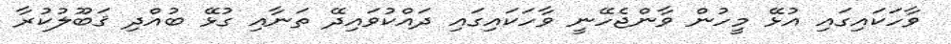
ވާހަކައިގައި އުޅޭ މީހުން ވާންޖެހޭނީ ވާހަކައިގައި ދައްކުވައިދޭ ތަނާއި ގުޅޭ ބުއްދި ޤަބޫލުކުރާ